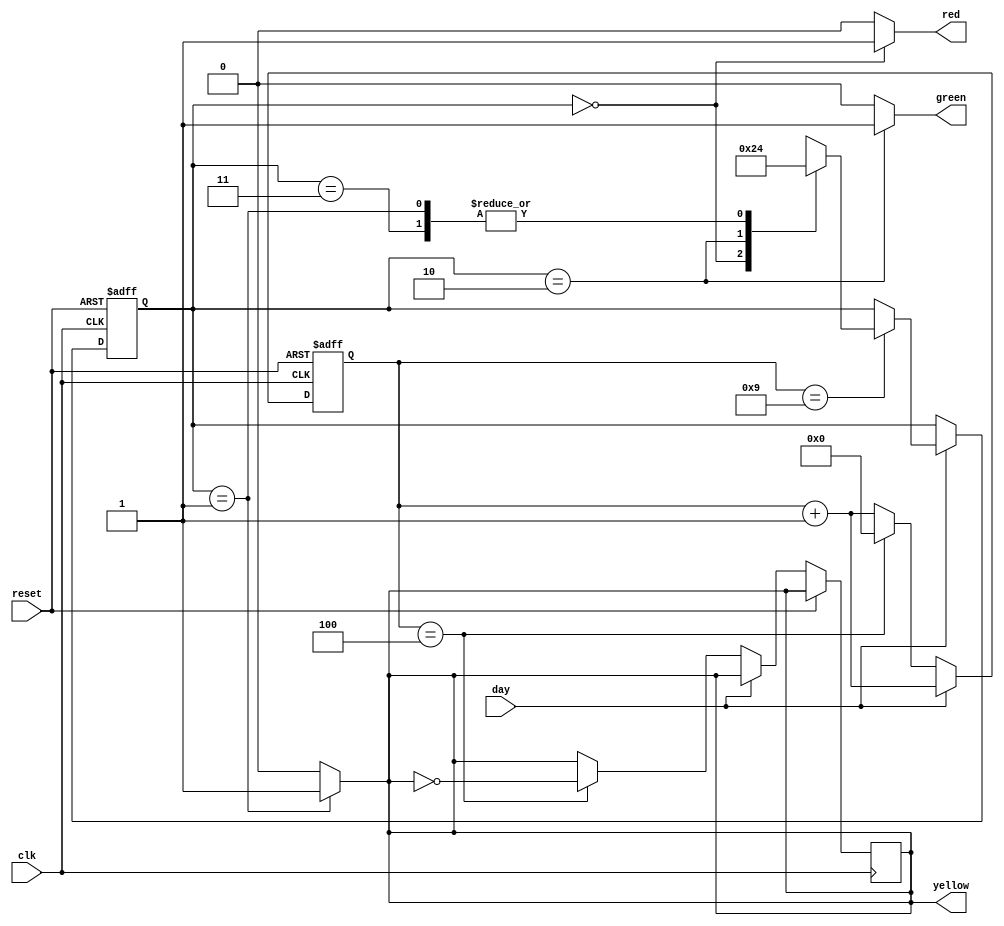
`timescale 1ns / 1ps

module traffic_timer(
input clk, reset, day,
output reg red, yellow, green
);
//Start with a FSM
//Define a internal state variable. This holds the states for the lights
reg [1:0] state;
reg [3:0] counter;

//state parameters
parameter period=10;
parameter blink_period=5;
parameter RED = 2'b00;
parameter YELLOW = 2'b01;
parameter GREEN = 2'b10;
parameter IDLE = 2'b11;

//Defining the state transitions
always @(posedge clk or posedge reset) 
begin
    if (reset) begin
        state <= IDLE;
        counter <=0;
    end 
    else if (day) begin
        counter <= counter+1;
        if (counter == period-1) begin
            case (state)
                IDLE: state <= RED;
                RED: state <= GREEN;
                GREEN: state <= YELLOW;
                YELLOW: state <= RED;
                default: state <= IDLE;
            endcase
        end
    end else if (!day) begin
        counter <= counter + 1;
        if (counter == blink_period - 1) begin
            yellow <= ~yellow;
            counter <= 0;
        end        
    end  
end
//Output Logic
always @* 
begin
    case (state)
        RED: begin red <= 1'b1; green <= 1'b0; yellow <= 1'b0; end
        GREEN: begin red <= 1'b0; green <= 1'b1; yellow <= 1'b0; end
        YELLOW: begin red <= 1'b0; green <= 1'b0; yellow <= 1'b1; end
        default: begin red <= 1'b0; green <= 1'b0; yellow <= 1'b0; end
    endcase
end
endmodule